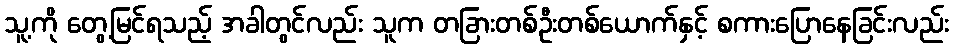
သူ့ကို တွေ့မြင်ရသည့် အခါတွင်လည်း သူက တခြားတစ်ဦးတစ်ယောက်နှင့် စကားပြောနေခြင်းလည်း